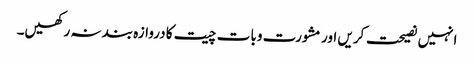
انہیں نصیحت کریں اور مشورت وبات چیت کا دروازہ بند نہ رکھیں۔